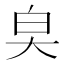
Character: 㚖